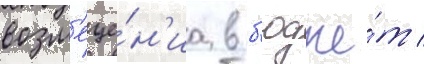
возм'еще́н'иа в б'юдже́т /